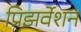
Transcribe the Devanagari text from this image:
प्रिझर्वेशन